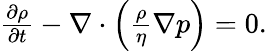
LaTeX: \begin{array}{r}{\frac{\partial\rho}{\partial t}-\nabla\cdot\left(\frac{\rho}{\eta}\nabla p\right)=0.}\end{array}